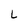
Character: L